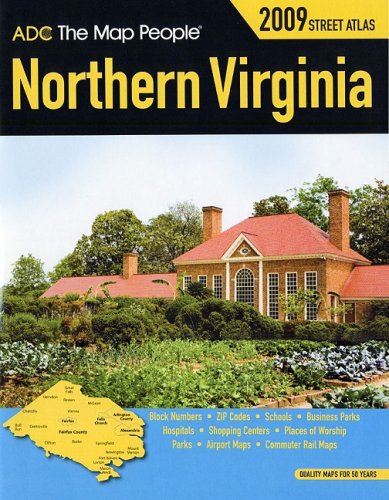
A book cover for Northern Virginia Atlas (Adc the Map People Northern Virginia); ADC The Map People; Travel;